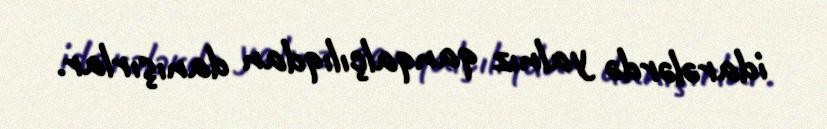
idarələrdə yalnız qanqalçılıqdan danışırlar.